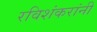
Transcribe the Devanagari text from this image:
रविशंकरांनी